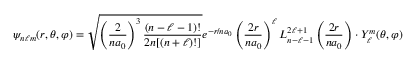
\psi _ { n \ell m } ( r , \theta , \varphi ) = { \sqrt { \left( { \frac { 2 } { n a _ { 0 } } } \right) ^ { 3 } { \frac { ( n - \ell - 1 ) ! } { 2 n [ ( n + \ell ) ! ] } } } } e ^ { - r / n a _ { 0 } } \left( { \frac { 2 r } { n a _ { 0 } } } \right) ^ { \ell } L _ { n - \ell - 1 } ^ { 2 \ell + 1 } \left( { \frac { 2 r } { n a _ { 0 } } } \right) \cdot Y _ { \ell } ^ { m } ( \theta , \varphi )